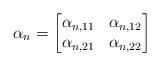
LaTeX: \begin{gather*}\alpha_{n}=\left[\begin{matrix}\alpha_{n,11} & \alpha_{n,12}\\\alpha_{n,21} & \alpha_{n,22}\end{matrix}\right]\end{gather*}